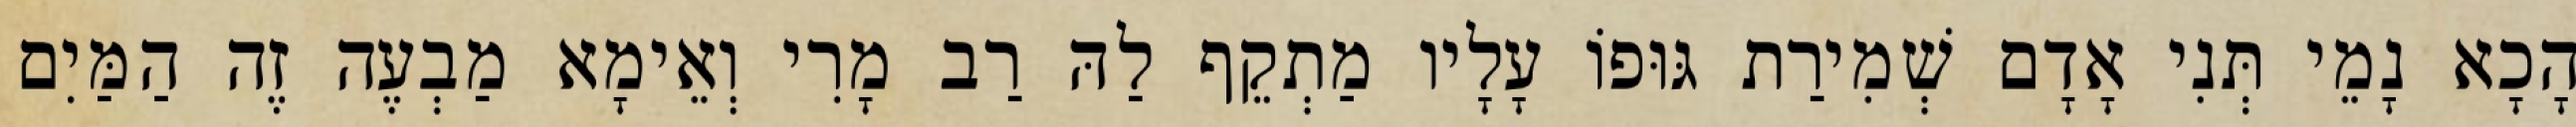
הָכָא נָמֵי תְּנִי אָדָם שְׁמִירַת גּוּפוֹ עָלָיו מַתְקֵף לַהּ רַב מָרִי וְאֵימָא מַבְעֶה זֶה הַמַּיִם